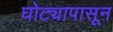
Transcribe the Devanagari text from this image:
घोट्यापासून